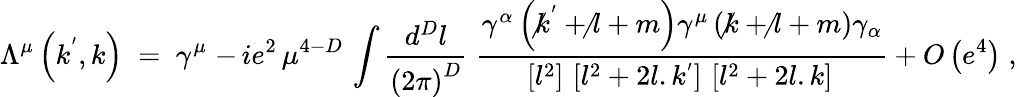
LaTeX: \Lambda^{\mu}\left({k^{'},k}\right)\; =\; \gamma^{\mu}\; {-\, ie^{2}}\, \mu^{4-D}\, \int{{\frac{d^{D}l}{\left({2\pi}\right)^{D}}}}\; {\frac{\gamma^{\alpha}\left({\not k^{'}+\not l+m}\right)\gamma^{\mu}\left({\not k+\not l+m}\right)\gamma_{\alpha}}{\left[{l^{2}}\right]\, \left[{l^{2}+2l.k^{'}}\right]\, \left[{l^{2}+2l.k}\right]\, }}+O\left({e^{4}}\right)\; ,